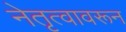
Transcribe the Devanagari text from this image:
नेतृत्वावरून